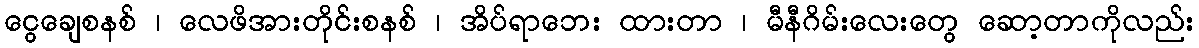
ငွေချေစနစ် ၊ လေဖိအားတိုင်းစနစ် ၊ အိပ်ရာဘေး ထားတာ ၊ မီနီဂိမ်းလေးတွေ ဆော့တာကိုလည်း